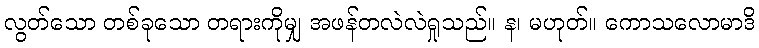
လွတ်သော တစ်ခုသော တရားကိုမျှ အဖန်တလဲလဲရှုသည်။ န၊ မဟုတ်။ ကောသလောမာဒိ